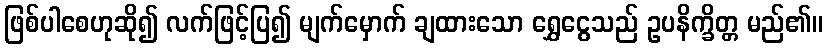
ဖြစ်ပါစေဟုဆို၍ လက်ဖြင့်ပြ၍ မျက်မှောက် ချထားသော ရွှေငွေသည် ဥပနိက္ခိတ္တ မည်၏။